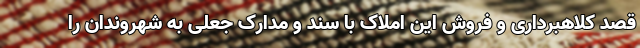
قصد کلاهبرداری و فروش این املاک با سند و مدارک جعلی به شهروندان را